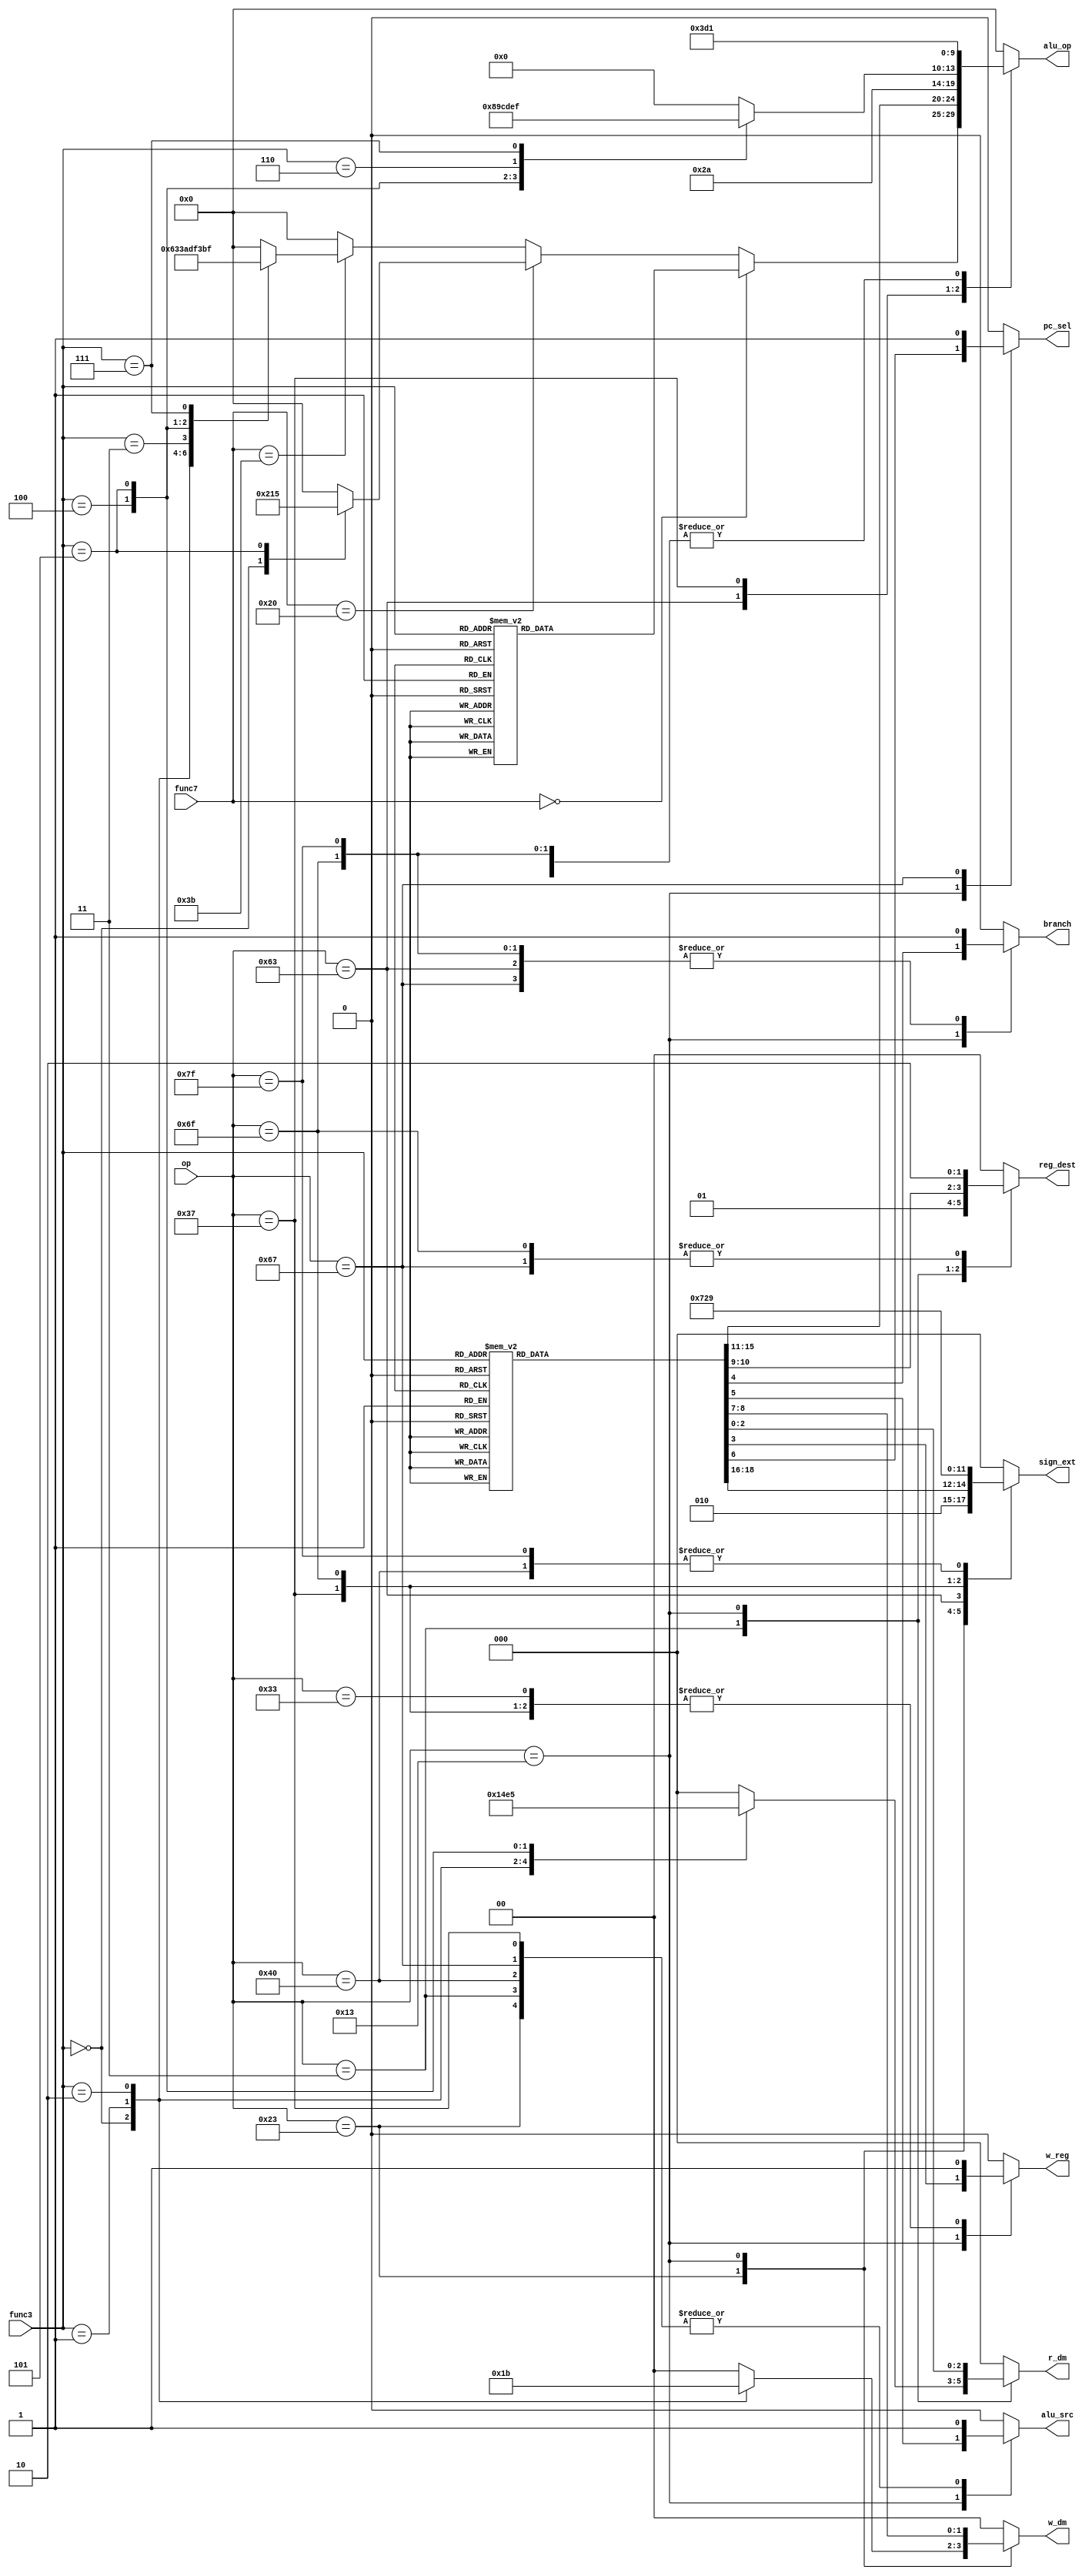
module control_unit_ver1(op, func7, func3, w_reg, alu_op, r_dm, w_dm, sign_ext, branch, alu_src, reg_dest, pc_sel);
input[6:0] op, func7;
input[2:0] func3;
output reg[2:0] r_dm, sign_ext;
output reg w_reg, branch, alu_src, pc_sel;
output reg[4:0] alu_op;
output reg[1:0] w_dm, reg_dest;

always @(*) begin
	w_reg = 0;
  r_dm = 0;
  w_dm = 0;
  alu_src = 0;
  branch = 0;
  reg_dest = 0;
  pc_sel = 0;
  alu_op = 0;
  sign_ext = 0;
		case(op)
			7'b0110011: begin			// R-type
				w_reg = 1; r_dm = 0; w_dm = 0; alu_src = 0; branch = 0; reg_dest = 0;
				
				if(func7 == 7'b0000000) begin
					case (func3)
						3'b000: alu_op = 5'b00000; //add   
						3'b001: alu_op = 5'b00001; // sll                         
						3'b010: alu_op = 5'b00010; // slt                            
						3'b011: alu_op = 5'b00011; // sltu                             
						3'b100: alu_op = 5'b00100; // XOR                             
						3'b101: alu_op = 5'b00101; // SRL                             
						3'b110: alu_op = 5'b00110; // OR                           
						3'b111: alu_op = 5'b00111; // AND
					endcase
				end
				else if(func7 == 7'b0100000) begin
					case (func3)
						3'b000: alu_op = 5'b10000; //SUB   
						3'b101: alu_op = 5'b10101; // SRA
						default: alu_op = 5'b00000;
					endcase
				end
				else if(func7[6:0] == 7'b0111011) begin
					case (func3)
						3'b000: alu_op = 5'b11000; //MUL    
						3'b001: alu_op = 5'b11001; // MULH                           
						3'b010: alu_op = 5'b11010 ;// MULHSU                             
						3'b011: alu_op = 5'b11011;// MULHU                             
						3'b100: alu_op = 5'b11100 ;// DIV                            
						3'b101: alu_op = 5'b11101; // REM                             
						3'b111: alu_op = 5'b11111; // REMU
						default: alu_op = 5'b00000;
					endcase
				end
			end
			
			7'b0100011: begin		// S-type
				w_reg = 0; r_dm = 0; alu_src = 1; branch = 0; sign_ext = 2; alu_op = 0;  // add

				case(func3)
					3'b000: w_dm = 1;		//SB
					3'b001: w_dm = 2;		//SH
					3'b010: w_dm = 3;		//SW
					default: w_dm = 0;
				endcase
			end
			
			7'b0000011: begin		//I-type load instruction
				w_reg = 1; w_dm = 0; alu_src = 1; branch = 0; reg_dest = 1; sign_ext = 0; alu_op = 0;  // add
				
				case(func3)
					3'b000: r_dm = 1;		//LB
					3'b001: r_dm = 2;		//LH
					3'b010: r_dm = 3;		//LW
					3'b100: r_dm = 4;		//LBU
					3'b101: r_dm = 5;		//LHU
					default: r_dm = 0;
				endcase
			end
			
			7'b0010011: begin			//I-type
				w_reg = 1; w_dm = 0; r_dm = 0; alu_src = 1; branch = 0; reg_dest = 0;
				
				case(func3)
					3'b000: begin  
						alu_op = 5'b00000; //add
						sign_ext = 3'b000;
					end
					3'b001: begin                          
						alu_op = 5'b00001; // sll
						sign_ext = 3'b001;
					end
					3'b010: begin                            
						alu_op = 5'b00010; // slt
						sign_ext = 3'b000;
					end
					3'b011: begin                            
						alu_op = 5'b00011; // sltu
						sign_ext = 3'b001;
					end
					3'b100: begin                            
						alu_op = 5'b00100; // XOR
						sign_ext = 3'b001;
					end
					3'b101: begin                            
						alu_op = 5'b00101; // SRL
						sign_ext = 3'b001;
					end
					3'b110: begin                            
						alu_op = 5'b00110; // OR
						sign_ext = 3'b001;
					end
					3'b111: begin                            
						alu_op = 5'b00111; // AND
						sign_ext = 3'b001;
					end
					default: begin w_reg = 1; w_dm = 0; r_dm = 0; alu_src = 1; branch = 0; sign_ext = 4; alu_op = 5'b00000; reg_dest = 2; pc_sel = 1; end	// AUIPC
				endcase
			end
			7'b1000000: begin 	//SRAI
				w_reg = 1; w_dm = 0; r_dm = 0; alu_src = 1; branch = 0; reg_dest = 0; alu_op = 5'b10101; sign_ext = 3'b001;
			end
			
			7'b1100111: begin		//JALR
				w_reg = 1; w_dm = 0; r_dm = 0; alu_src = 1; branch = 1; reg_dest = 2; alu_op = 5'b10001; sign_ext = 0; pc_sel = 1;
			end
			
			7'b1100011: begin		//B-type
				w_reg = 0; w_dm = 0; r_dm = 0; alu_src = 0; branch = 1; sign_ext = 3; pc_sel = 0; 
				
				case(func3)
					3'b000: alu_op = 5'b01000;    
					3'b001: alu_op = 5'b01001;                            
					3'b100: alu_op = 5'b01100 ;                             
					3'b101: alu_op = 5'b01101;                            
					3'b110: alu_op = 5'b01110 ;                             
					3'b111: alu_op = 5'b01111;
					default: alu_op = 5'b00000;
				endcase
			end
			
			7'b0110111: begin		//LUI
				w_reg = 1; w_dm = 0; r_dm = 0; alu_src = 1; branch = 0; sign_ext = 4; alu_op = 5'b11110; reg_dest = 0;
			end
			
			7'b1101111: begin		//JAL
				w_reg = 1; w_dm = 0; r_dm = 0; branch = 1; sign_ext = 5; pc_sel = 0; alu_op = 5'b10001; reg_dest = 2;
			end
			
			7'b1111111: begin
			w_reg = 0; w_dm = 0; r_dm = 0; branch = 1; alu_op = 5'b10001; pc_sel = 0; sign_ext = 1;
			end	//nop: pc = pc + imm (imm = 0 currently)
			
			default: begin w_reg = 0; w_dm = 0; r_dm = 0; branch = 0; alu_op = 0; pc_sel = 0; sign_ext = 0; reg_dest = 0; alu_src = 0; end
		endcase
	end
	
endmodule